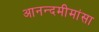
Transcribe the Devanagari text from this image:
आनन्दमीमांसा